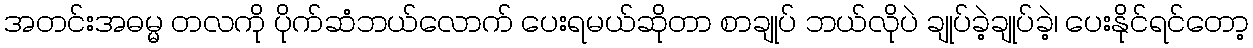
အတင်းအဓမ္မ တလကို ပိုက်ဆံဘယ်လောက် ပေးရမယ်ဆိုတာ စာချုပ် ဘယ်လိုပဲ ချုပ်ခဲ့ချုပ်ခဲ့၊ ပေးနိုင်ရင်တော့